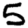
Digit: 5